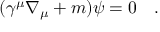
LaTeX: ( \gamma ^ { \mu } \nabla _ { \mu } + m ) \psi = 0 ~ ~ ~ .